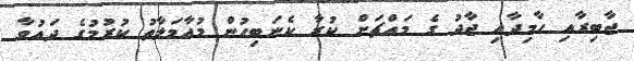
ޖާބިރާއި ހާމިދާއި ޖާދު ގެ މައްޗަށް ކުރާ ކެނަބިހުން މުއާމަލާތު ކުރުމުގެ ދައުވާ